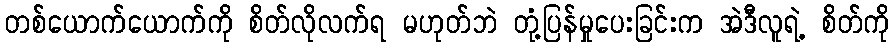
တစ်ယောက်ယောက်ကို စိတ်လိုလက်ရ မဟုတ်ဘဲ တုံ့ပြန်မှုပေးခြင်းက အဲဒီလူရဲ့ စိတ်ကို